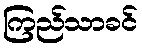
ကြည်သာခင်